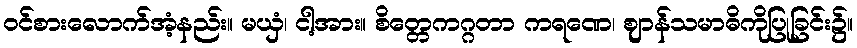
ဝင်စားလောက်အံ့နည်း။ မယှံ၊ ငါ့အား။ စိတ္တေကဂ္ဂတာ ကရဏေ၊ ဈာန်သမာဓိကိုပြုခြင်း၌။